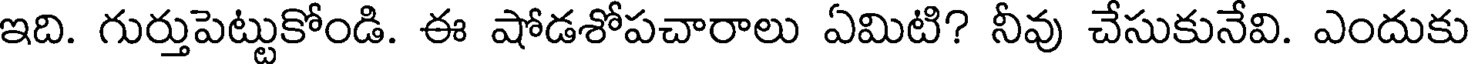
ఇది. గుర్తుపెట్టుకోండి. ఈ షోడశోపచారాలు ఏమిటి? నీవు చేసుకునేవి. ఎందుకు